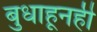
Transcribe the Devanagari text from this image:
बुधाहूनही